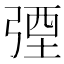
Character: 㢾